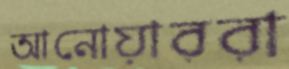
আনোয়াররা